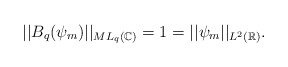
\begin{align*}||B_q(\psi_m)||_{ML_q(\mathbb{C})}=1=||\psi_m||_{L^2(\mathbb{R})}.\end{align*}